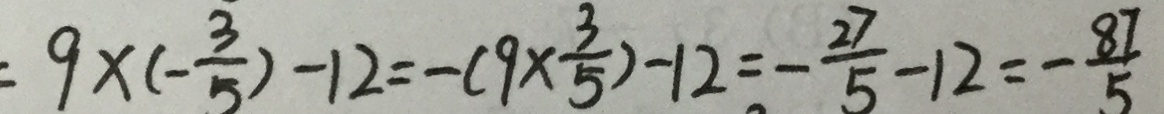
9 \times ( - \frac { 3 } { 5 } ) - 1 2 = - ( 9 \times \frac { 3 } { 5 } ) - 1 2 = - \frac { 2 7 } { 5 } - 1 2 = - \frac { 8 7 } { 5 }